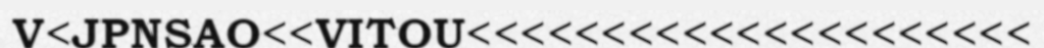
V<JPNSAO<<VITOU<<<<<<<<<<<<<<<<<<<<<